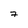
Character: 7